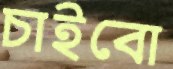
চাইবো